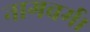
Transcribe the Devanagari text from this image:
नागवर्म।